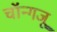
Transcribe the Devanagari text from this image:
चॉन्गजू